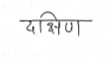
मजकूर: दक्षिण